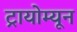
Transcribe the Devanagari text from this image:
ट्रायोम्यून